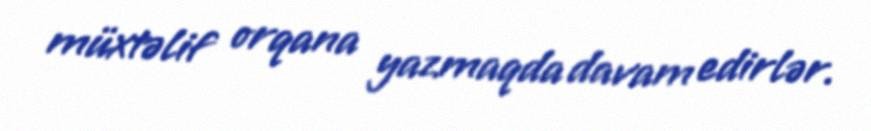
müxtəlif orqana yazmaqda davam edirlər.